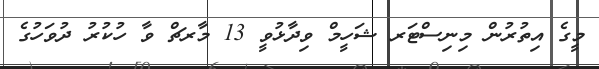
މީގެ އިތުރުން މިނިސްޓަރ ޝަހީމް ވިދާޅުވީ 13 މާރޗް ވާ ހުކުރު ދުވަހުގެ